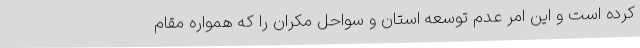
کرده است و این امر عدم توسعه استان و سواحل مکران را که همواره مقام